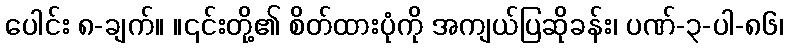
ပေါင်း ၈-ချက်။ ။၎င်းတို့၏ စိတ်ထားပုံကို အကျယ်ပြဆိုခန်း၊ ပဏ်-၃-ပါ-၈၆၊